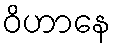
ဝိဟာနေ